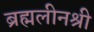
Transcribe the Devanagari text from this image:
ब्रह्मलीनश्री